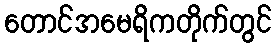
တောင်အမေရိကတိုက်တွင်